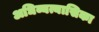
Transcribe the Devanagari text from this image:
अधिव्यत्यासिका